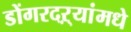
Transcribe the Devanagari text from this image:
डोंगरदऱ्यांमधे